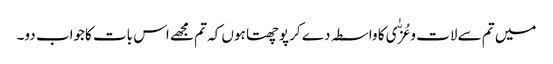
میں تم سے لات و عُزّٰی کا واسطہ دے کر پوچھتا ہوں کہ تم مجھے اس بات کاجواب دو۔